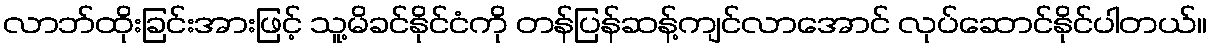
လာဘ်ထိုးခြင်းအားဖြင့် သူ့မိခင်နိုင်ငံကို တန်ပြန်ဆန့်ကျင်လာအောင် လုပ်ဆောင်နိုင်ပါတယ်။